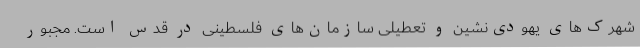
شهرک‌های یهودی‌نشین و تعطیلی سازمان‌های فلسطینی در قدس است. مجبور